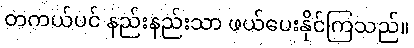
တကယ်ပင် နည်းနည်းသာ ဖယ်ပေးနိုင်ကြသည်။